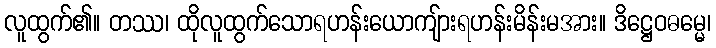
လူထွက်၏။ တဿ၊ ထိုလူထွက်သောရဟန်းယောကျ်ားရဟန်းမိန်းမအား။ ဒိဋ္ဌေဝဓမ္မေ၊